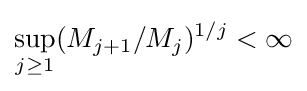
\sup _{j\geq 1}(M_{j+1}/M_{j})^{1/j}<\infty